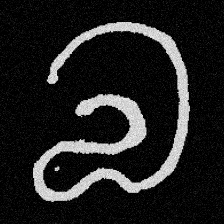
Pyu character \u2014 Myanmar letter: လ (romanized: la)